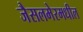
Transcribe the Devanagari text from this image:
जैसलमेरमधील